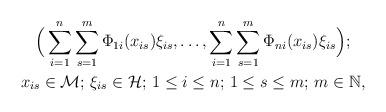
LaTeX: \begin{gather*}\Big(\sum\limits_{i=1}^{n}\sum\limits_{s=1}^{m}\Phi_{1i}(x_{is})\xi_{is},\dots,\sum\limits_{i=1}^{n}\sum\limits_{s=1}^{m}\Phi_{ni}(x_{is})\xi_{is}\Big);\\x_{is}\in\mathcal{M};\, \xi_{is}\in \mathcal{H};\, 1\leq i\leq n;\, 1\leq s\leq m;\, m\in\Bbb{N},\end{gather*}